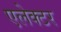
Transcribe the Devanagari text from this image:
एलेक्टर